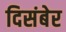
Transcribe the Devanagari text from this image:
दिसंबेर